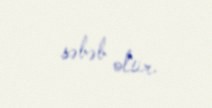
səbəb olur.